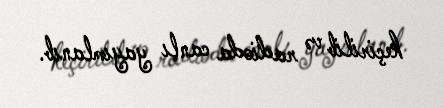
keçirilib və radioda canlı yayımlanıb.